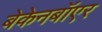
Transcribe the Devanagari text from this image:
बेकेनबॉएर